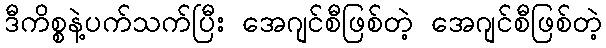
ဒီကိစ္စနဲ့ပက်သက်ပြီး အေဂျင်စီဖြစ်တဲ့ အေဂျင်စီဖြစ်တဲ့